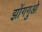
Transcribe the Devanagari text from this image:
झोंगगुओ